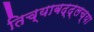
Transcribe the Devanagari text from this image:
तिच्याबद्द्लच्या